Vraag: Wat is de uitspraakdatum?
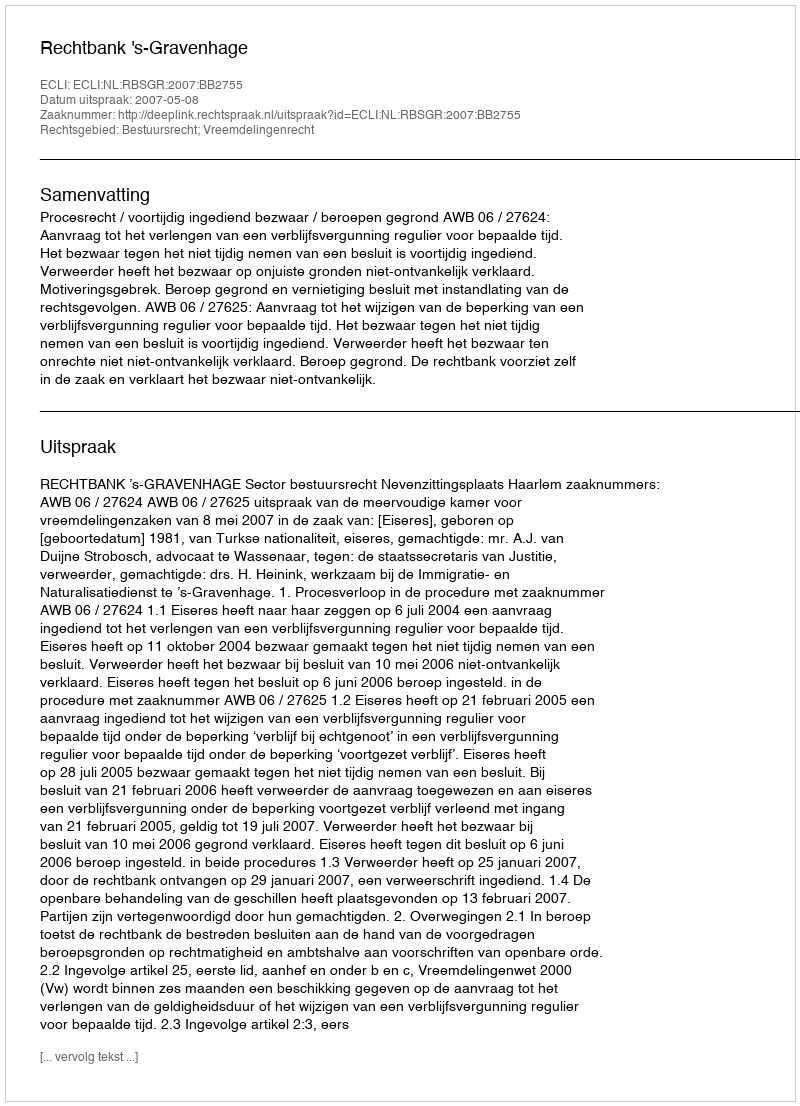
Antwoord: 2007-05-08